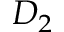
D _ { 2 }